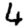
Digit: 4